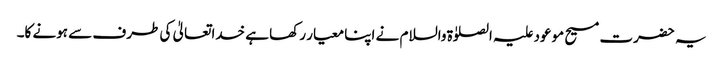
یہ حضرت مسیح موعود علیہ الصلوٰۃ والسلام نے اپنا معیار رکھا ہے خداتعالیٰ کی طرف سے ہونے کا۔